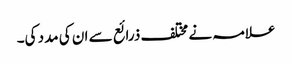
علامہ نے مختلف ذرائع سے ان کی مدد کی۔